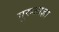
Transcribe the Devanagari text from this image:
गुरुआज्ञा